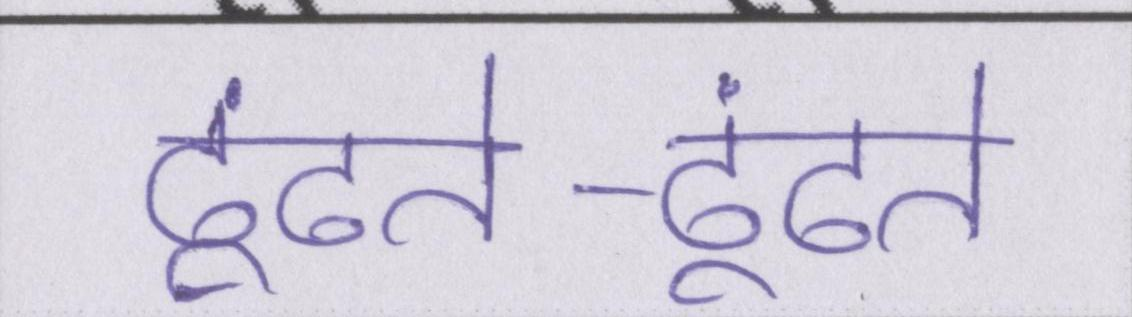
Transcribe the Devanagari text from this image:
ढूंढते-ढूंढते